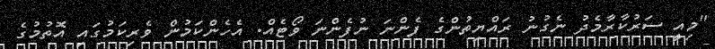
"މިއީ ސަރުކާރާމެދު ނެގުނު ރައްޔިތުންގެ ފެންނަ ނުފެންނަ ވޯޓެއް. އެހެންކަމުން ވެރިކަމުގައި އޮތުމުގެ